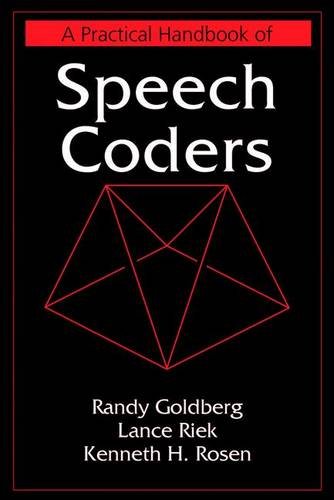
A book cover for A Practical Handbook of Speech Coders (Discrete Mathematics and Its Applications); Randy Goldberg; Computers & Technology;